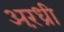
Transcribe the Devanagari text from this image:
अरंध्री